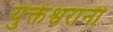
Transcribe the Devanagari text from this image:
युक्तेश्वरांनी